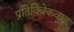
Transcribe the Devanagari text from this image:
प्रतिविवेकवाद